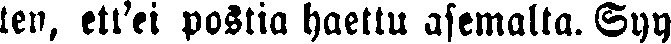
ten, ett'ei postia haettu asemalta. Syy